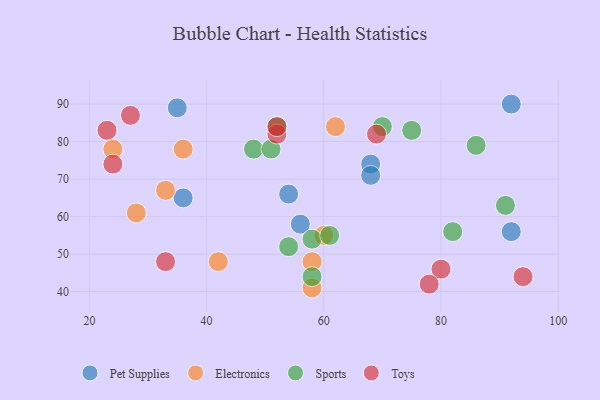
{"axis": {"x": "GDP", "y": "Life Expectancy"}, "legend": ["Electronics", "Pet Supplies", "Sports", "Toys"], "data": [{"x": "92", "y": 56, "type": "Pet Supplies"}, {"x": "56", "y": 58, "type": "Pet Supplies"}, {"x": "68", "y": 74, "type": "Pet Supplies"}, {"x": "36", "y": 65, "type": "Pet Supplies"}, {"x": "68", "y": 71, "type": "Pet Supplies"}, {"x": "54", "y": 66, "type": "Pet Supplies"}, {"x": "92", "y": 90, "type": "Pet Supplies"}, {"x": "35", "y": 89, "type": "Pet Supplies"}, {"x": "24", "y": 78, "type": "Electronics"}, {"x": "60", "y": 55, "type": "Electronics"}, {"x": "36", "y": 78, "type": "Electronics"}, {"x": "42", "y": 48, "type": "Electronics"}, {"x": "62", "y": 84, "type": "Electronics"}, {"x": "33", "y": 67, "type": "Electronics"}, {"x": "28", "y": 61, "type": "Electronics"}, {"x": "58", "y": 41, "type": "Electronics"}, {"x": "58", "y": 48, "type": "Electronics"}, {"x": "70", "y": 84, "type": "Sports"}, {"x": "75", "y": 83, "type": "Sports"}, {"x": "52", "y": 84, "type": "Sports"}, {"x": "86", "y": 79, "type": "Sports"}, {"x": "48", "y": 78, "type": "Sports"}, {"x": "82", "y": 56, "type": "Sports"}, {"x": "58", "y": 54, "type": "Sports"}, {"x": "91", "y": 63, "type": "Sports"}, {"x": "61", "y": 55, "type": "Sports"}, {"x": "51", "y": 78, "type": "Sports"}, {"x": "58", "y": 44, "type": "Sports"}, {"x": "54", "y": 52, "type": "Sports"}, {"x": "80", "y": 46, "type": "Toys"}, {"x": "33", "y": 48, "type": "Toys"}, {"x": "78", "y": 42, "type": "Toys"}, {"x": "94", "y": 44, "type": "Toys"}, {"x": "27", "y": 87, "type": "Toys"}, {"x": "23", "y": 83, "type": "Toys"}, {"x": "52", "y": 82, "type": "Toys"}, {"x": "69", "y": 82, "type": "Toys"}, {"x": "24", "y": 74, "type": "Toys"}, {"x": "52", "y": 84, "type": "Toys"}]}